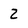
Character: 2